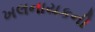
ખલનાયકની